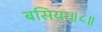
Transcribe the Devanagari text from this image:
बसिया॥८॥